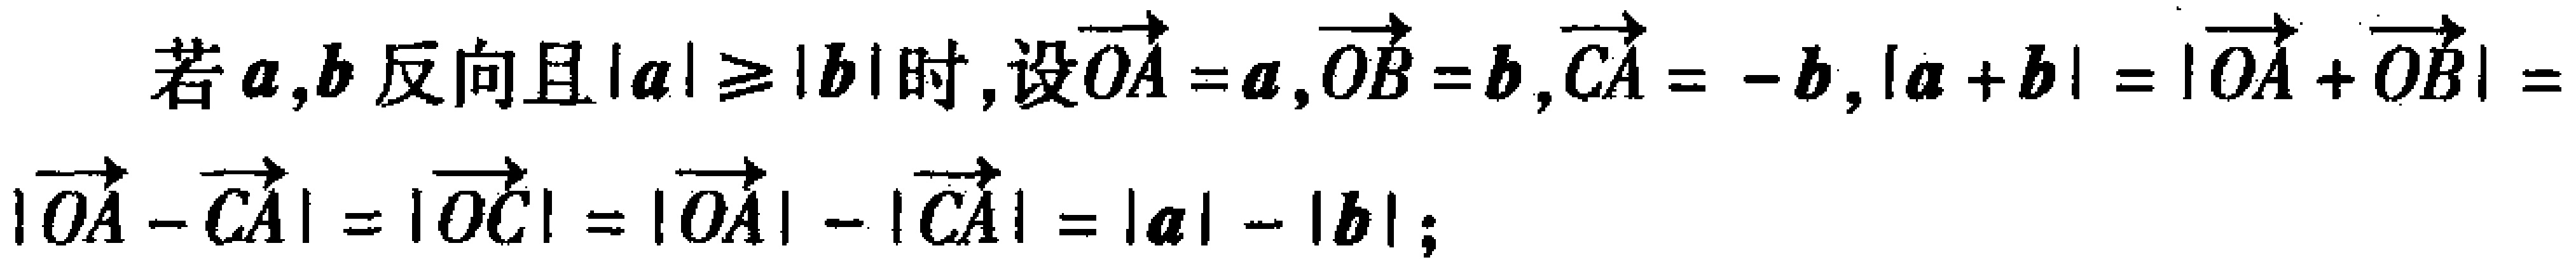
若\(\boldsymbol{a},\boldsymbol{b}\)反向且\(|\boldsymbol{a}|\geq|\boldsymbol{b}|\)时, 设\(\overrightarrow{OA} = \boldsymbol{a},\overrightarrow{OB} = \boldsymbol{b},\overrightarrow{CA} = -\boldsymbol{b},|\boldsymbol{a} + \boldsymbol{b}| = |\overrightarrow{OA} + \overrightarrow{OB}| = |\overrightarrow{OA} - \overrightarrow{CA}| = |\overrightarrow{OC}| = |\overrightarrow{OA}| - |\overrightarrow{CA}| = |\boldsymbol{a}| - |\boldsymbol{b}|\);